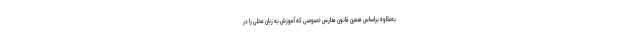
به‌علاوه براساس همین قانون مدارس خصوصی که آموزش به زبان محلی را در